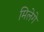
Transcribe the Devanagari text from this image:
मिलेगे